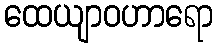
ထေယျာဝဟာရော